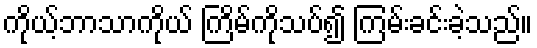
ကိုယ့်ဘာသာကိုယ် ကြိမ်ကိုသပ်၍ ကြမ်းခင်းခဲ့သည်။